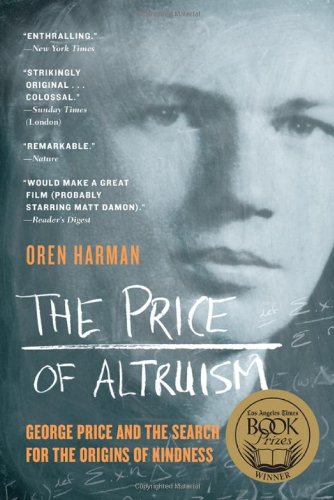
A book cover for The Price of Altruism: George Price and the Search for the Origins of Kindness; Oren Harman; Politics & Social Sciences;